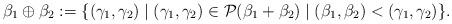
LaTeX: \begin{align*}\beta_1 \oplus \beta_2 := \{(\gamma_1, \gamma_2) \mid (\gamma_1, \gamma_2) \in \mathcal{P}(\beta_1 + \beta_2) \mid (\beta_1 , \beta_2) < (\gamma_1, \gamma_2)\}.\end{align*}